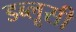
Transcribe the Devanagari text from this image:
डब्लूसी